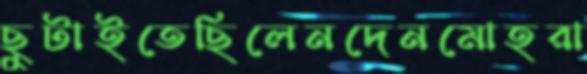
ছুটাইতেছিলেনদেনমোহরা